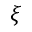
\xi